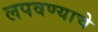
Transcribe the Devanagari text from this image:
लपवण्याचे